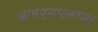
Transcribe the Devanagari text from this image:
आयएसएलच्या